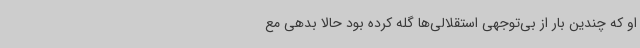
او که چندین بار از بی‌توجهی استقلالی‌ها گله کرده بود حالا بدهی مع